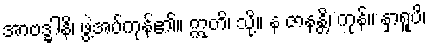
အာဗဒ္ဓါနိ၊ ဖွဲ့အပ်ကုန်၏။ ဣတိ၊ သို့။ န ဇာနန္တိ၊ ကုန်။ နှာရူပိ၊